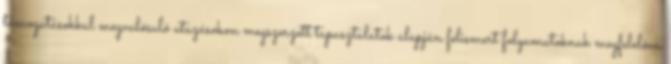
támogatásokkal megvalósuló utazásokon megszerzett tapasztalatok alapján felismert folyamatoknak megfelelôen